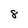
Character: 8